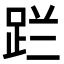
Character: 𮛔